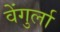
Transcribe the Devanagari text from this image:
वेेंगुर्ला